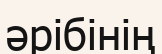
әрібінің